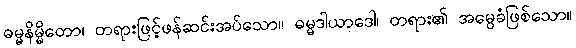
ဓမ္မနိမ္မိတော၊ တရားဖြင့်ဖန်ဆင်းအပ်သော။ ဓမ္မဒါယာဒေါ၊ တရား၏ အမွေခံဖြစ်သော။